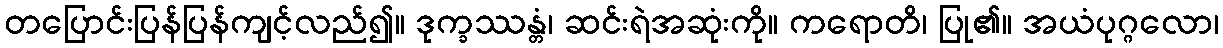
တပြောင်းပြန်ပြန်ကျင့်လည်၍။ ဒုက္ခဿန္တံ၊ ဆင်းရဲအဆုံးကို။ ကရောတိ၊ ပြု၏။ အယံပုဂ္ဂလော၊